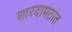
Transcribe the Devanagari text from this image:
शारदामठात